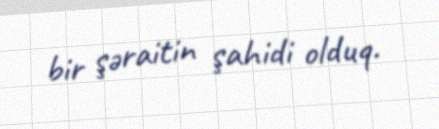
bir şəraitin şahidi olduq.